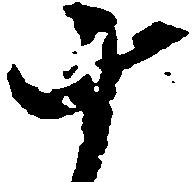
十